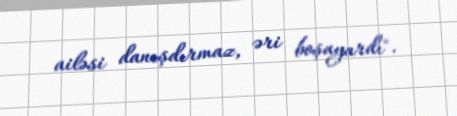
ailəsi danışdırmaz, əri boşayardı".